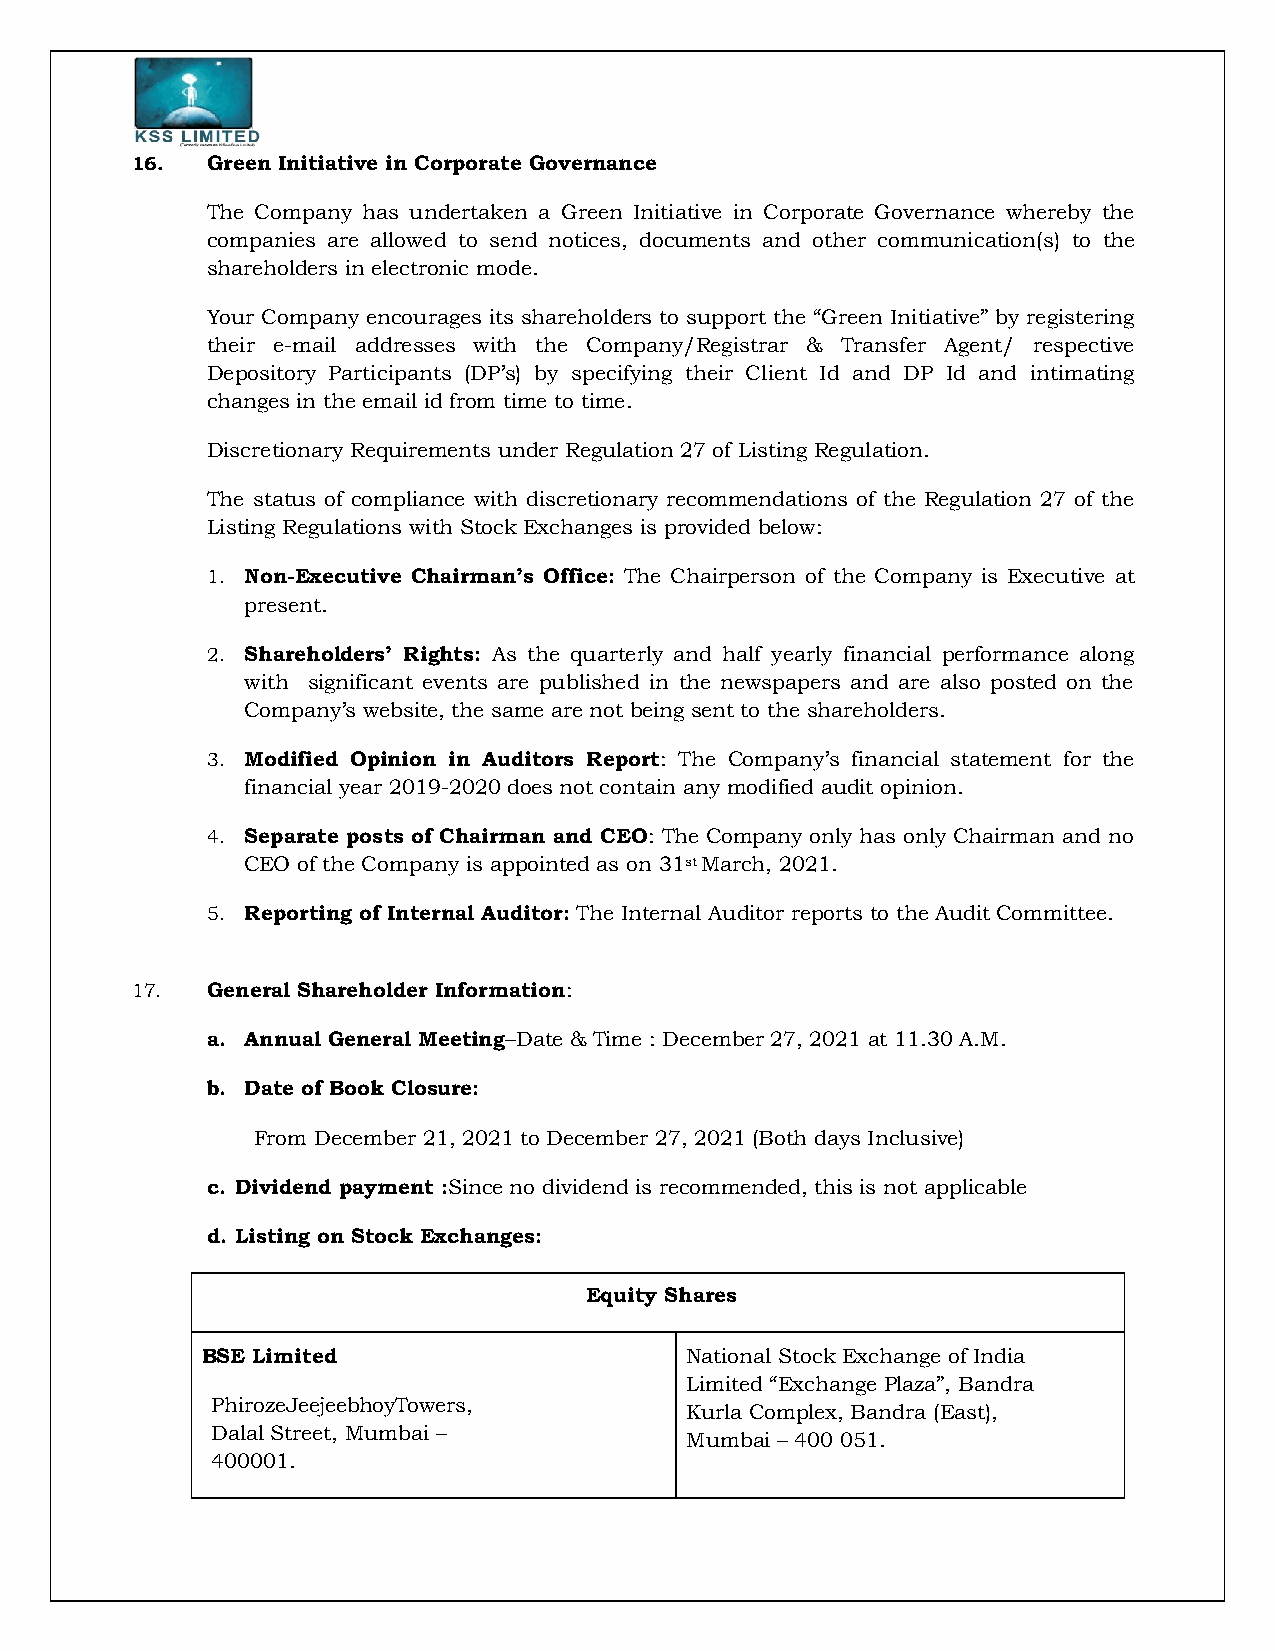
16.  Green Initiative in Corporate Governance
 The Company has undertaken a Green Initiative in Corporate Governance whereby the
 companies are allowed to send notices, documents and other communication(s) to the
 shareholders in electronic mode.
 Your Company encourages its shareholders to support the “Green Initiative” by registering
 their e-mail addresses with the Company/Registrar & Transfer Agent/ respective
 Depository Participants (DP’s) by specifying their Client Id and DP Id and intimating
 changes in the email id from time to time.
 Discretionary Requirements under Regulation 27 of Listing Regulation.
 The status of compliance with discretionary recommendations of the Regulation 27 of the
 Listing Regulations with Stock Exchanges is provided below:
 1. Non-Executive Chairman’s Office: The Chairperson of the Company is Executive at
 present.
 2. Shareholders’ Rights: As the quarterly and half yearly financial performance along
 with significant events are published in the newspapers and are also posted on the
 Company’s website, the same are not being sent to the shareholders.
 3. Modified Opinion in Auditors Report: The Company’s financial statement for the
 financial year 2019-2020 does not contain any modified audit opinion.
 4. Separate posts of Chairman and CEO: The Company only has only Chairman and no
 CEO of the Company is appointed as on 31st March, 2021.
 5. Reporting of Internal Auditor: The Internal Auditor reports to the Audit Committee.
 17.  General Shareholder Information:
 a. Annual General Meeting–Date & Time : December 27, 2021 at 11.30 A.M.
 b. Date of Book Closure:
 From December 21, 2021 to December 27, 2021 (Both days Inclusive)
 c. Dividend payment :Since no dividend is recommended, this is not applicable
 d. Listing on Stock Exchanges:
 Equity Shares
 BSE Limited                     National Stock Exchange of India
 Limited “Exchange Plaza”, Bandra
 PhirozeJeejeebhoyTowers,
 Kurla Complex, Bandra (East),
 Dalal Street, Mumbai –
 Mumbai – 400 051.
 400001.